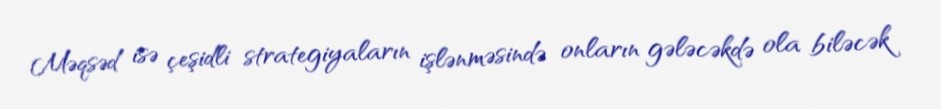
Məqsəd isə çeşidli strategiyaların işlənməsində onların gələcəkdə ola biləcək